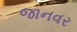
જાનવર